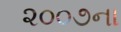
૨૦૦૭ના